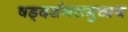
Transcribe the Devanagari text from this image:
षड्दर्शनसमुच्चय